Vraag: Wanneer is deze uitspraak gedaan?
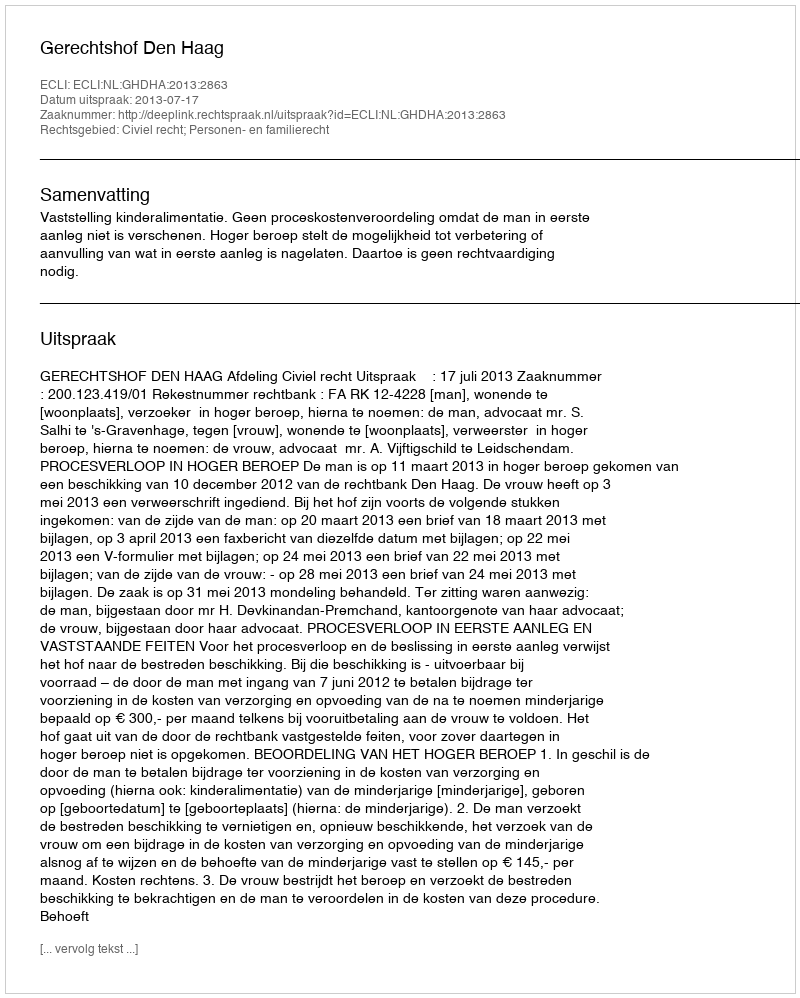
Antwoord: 2013-07-17